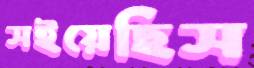
সইয়েছিস